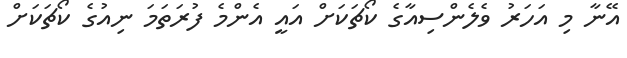
އޭނާ މި އަހަރު ވެލެންސިއާގެ ކޯޗަކަށް އައީ އެންމެ ފުރަތަމަ ނިއުގެ ކޯޗަކަށް